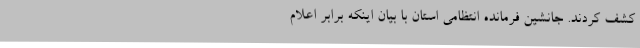
کشف کردند. جانشین فرمانده انتظامی استان با بیان اینکه برابر اعلام